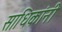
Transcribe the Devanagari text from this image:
साधिकांनी